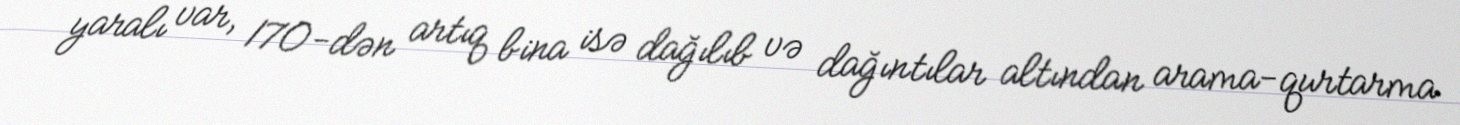
yaralı var, 170-dən artıq bina isə dağılıb və dağıntılar altından arama-qurtarma